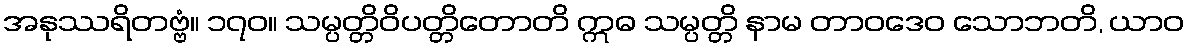
အနုဿရိတဗ္ဗံ။ ၁၇၀။ သမ္ပတ္တိဝိပတ္တိတောတိ ဣဓ သမ္ပတ္တိ နာမ တာဝဒေဝ သောဘတိ, ယာဝ